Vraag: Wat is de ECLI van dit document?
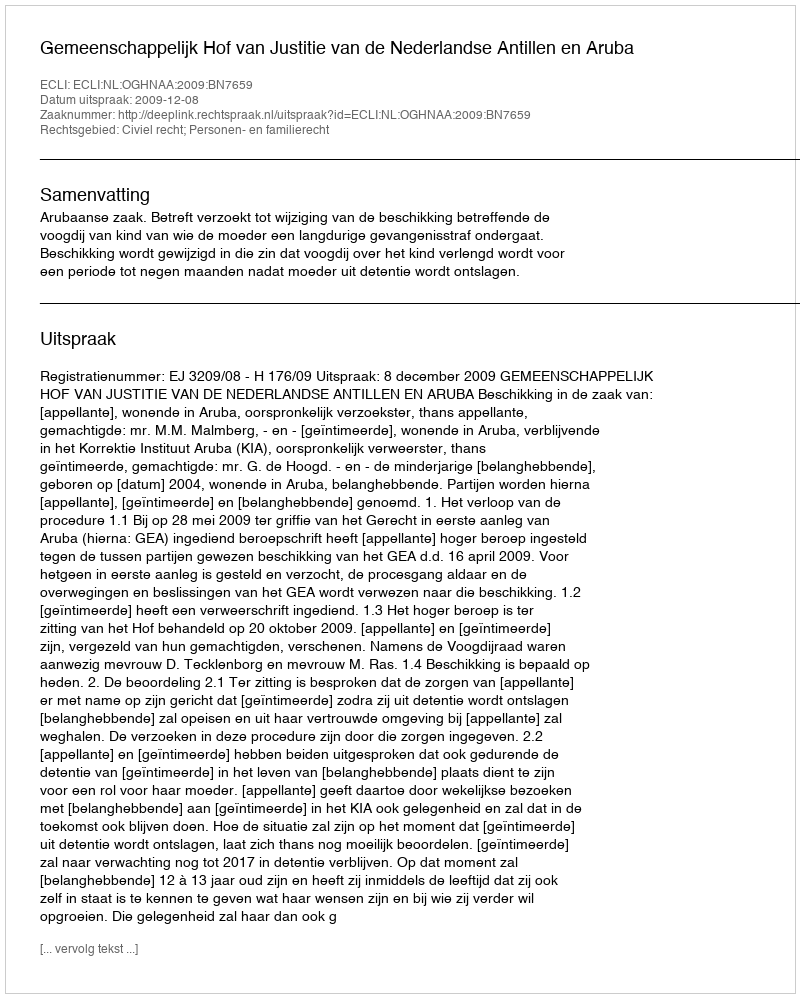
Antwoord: ECLI:NL:OGHNAA:2009:BN7659